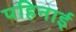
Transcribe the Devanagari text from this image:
पहिनाई